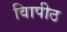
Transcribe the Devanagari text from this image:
विापीठ